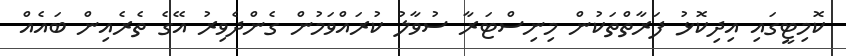
ކޮމިޓީގައި އިދިކޮޅު ފަރާތްތަކުން މިނިސްޓަރާ ސުވާލު ކުރައްވަމުން ގެންދެވިރު އޭގެ ތެރެއިން ބައެއް